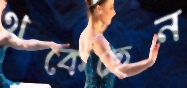
থকেছেন